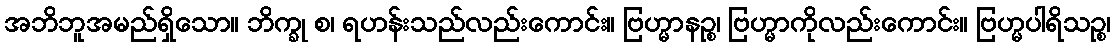
အဘိဘူအမည်ရှိသော။ ဘိက္ခု စ၊ ရဟန်းသည်လည်းကောင်း။ ဗြဟ္မာနဉ္စ၊ ဗြဟ္မာကိုလည်းကောင်း။ ဗြဟ္မပါရိသဉ္စ၊